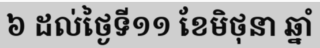
៦ ដល់ថ្ងៃទី១១ ខែមិថុនា ឆ្នាំ